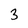
Character: 3